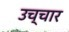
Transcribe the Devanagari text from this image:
उच्‍चार